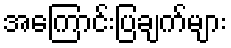
အကြောင်းပြချက်များ